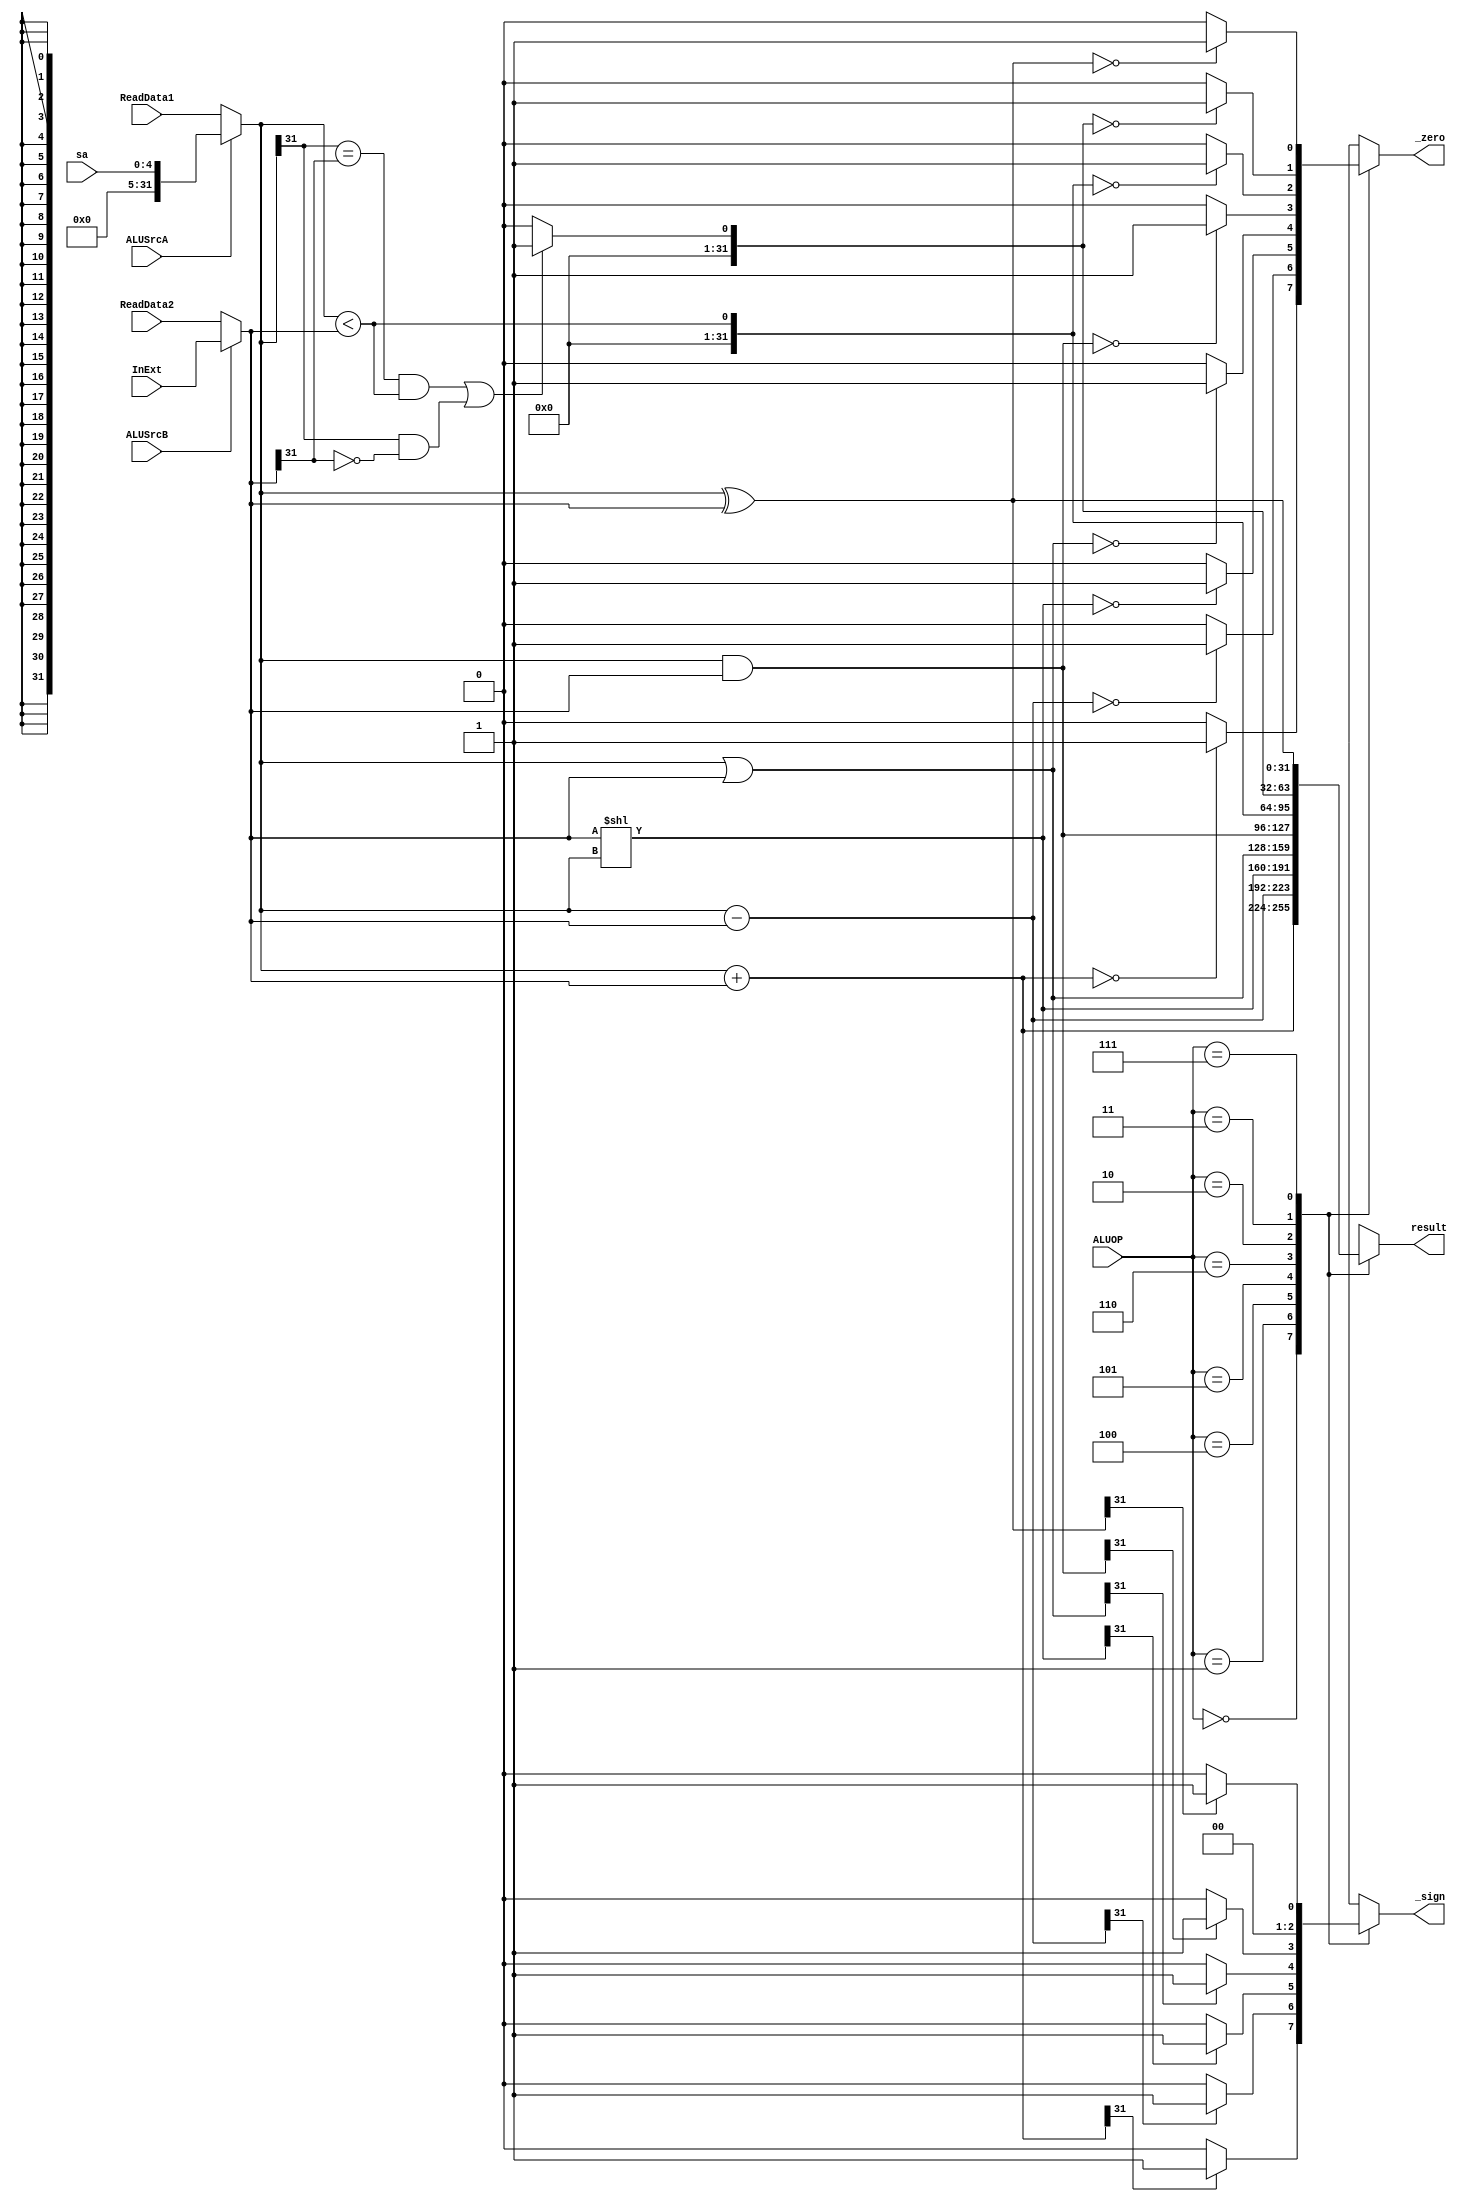
`timescale 1ns / 1ps
//////////////////////////////////////////////////////////////////////////////////
// Company: 
// Engineer: 
// 
// Design Name: 
// Module Name: ALU
// Project Name: 
// Target Devices: 
// Tool Versions: 
// Description: 
// 
// Dependencies: 
// 
// Revision:
// Revision 0.01 - File Created
// Additional Comments:
// 
//////////////////////////////////////////////////////////////////////////////////


module ALU(
    input [31:0] ReadData1,
    input [31:0] ReadData2,
    input [31:0] InExt,
    input [4:0] sa,
    input ALUSrcA,
    input ALUSrcB,
    input [2:0] ALUOP,
    output reg _zero,
    output reg _sign,
    output reg [31:0] result
    );
    wire [31:0] B;
    wire [31:0] A;
    wire [31:0] satemp;

    assign satemp[4:0] = sa;
    assign satemp[31:5] = 27'b000000000000000000000000000;
    assign B = ALUSrcB ? InExt : ReadData2;
    assign A = ALUSrcA ? satemp : ReadData1;

    always @(ReadData1 or ReadData2 or InExt or ALUSrcA or ALUSrcB or ALUOP or B or A)  
    begin
        case(ALUOP)  
            // A + B
            3'b000: begin
                result = A + B;
                _zero = (result == 0) ? 1 : 0;
                _sign = (result[31] == 1) ? 1 : 0;
            end
            // A - B
            3'b001: begin
                result = A - B;
                _zero = (result == 0) ? 1 : 0;
                _sign = (result[31] == 1) ? 1 : 0;
            end  
            // B << A
            3'b100: begin
                result = B << A;
                _zero = (result == 0) ? 1 : 0;
                _sign = (result[31] == 1) ? 1 : 0;
            end  
            // A | B
            3'b101: begin
                result = A | B;
                _zero = (result == 0) ? 1 : 0;
                _sign = (result[31] == 1) ? 1 : 0;
            end  
            // A & B
            3'b110: begin 
                result = A & B;
                _zero = (result == 0) ? 1 : 0;
                _sign = (result[31] == 1) ? 1 : 0;
            end  
            // A < B unsigned
            3'b010: begin 
                result = A < B;
                _zero = (result == 0) ? 1 : 0;
                _sign = (result[31] == 1) ? 1 : 0;
            end   
            // A < B signed
            3'b011: begin
                result = ((A[31] == B[31] && A < B) || (A[31] == 1 && B[31] == 0)) ? 1 : 0;
                _zero = (result == 0) ? 1 : 0;
                _sign = (result[31] == 1) ? 1 : 0;
            end
            // A XOR B
            3'b111: begin
                result = A ^ B;
                _zero = (result == 0) ? 1 : 0;
                _sign = (result[31] == 1) ? 1 : 0;
            end            
        endcase
    end
endmodule